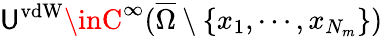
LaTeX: \mathsf{U}^{\mathrm{{vdW}}}\inC^{\infty}(\overline{{{\Omega}}}\setminus\{ x_{1},\cdots,x_{N_{m}}\} )